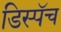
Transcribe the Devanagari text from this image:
डिस्पॅच